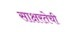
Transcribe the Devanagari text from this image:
साक्षरतेची